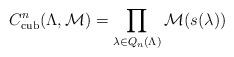
LaTeX: \begin{align*}C^n_{\operatorname{cub}} ( \Lambda, \mathcal{M}) = \prod_{\lambda \in Q_n (\Lambda)} \mathcal{M}({s(\lambda)} )\end{align*}